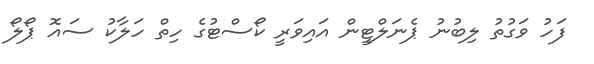
ފަހު ވަގުތު ލިބުނު ޕެނަލްޓީން އައިވަރީ ކޯސްޓުގެ ހިތް ހަލާކު ސައޮ ޕޯލޯ